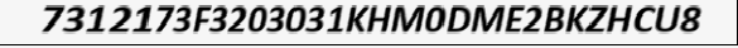
7312173F3203031KHM0DME2BKZHCU8